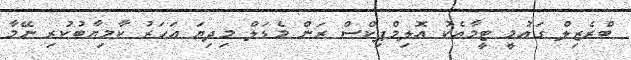
ބްރެޒިލް ގައުމީ ޓީމާއެކު އޮލިމްޕިކްސް ރަން މެޑަލް މިދިޔަ އަހަރު ކާމިޔާބުކުރި ނޭމާ